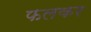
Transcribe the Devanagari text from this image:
फलकर